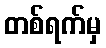
တစ်ရက်မှ